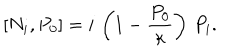
\left[ N _ { i } , P _ { 0 } \right] = i \, \left( 1 - { \frac { P _ { 0 } } { \kappa } } \right) \, P _ { i } .